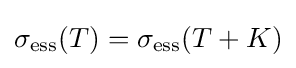
\sigma _{\mathrm {ess} }(T)=\sigma _{\mathrm {ess} }(T+K)